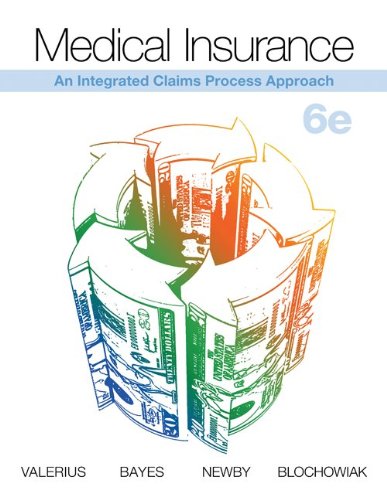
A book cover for Medical Insurance: An Integrated Claims Process Approach; Joanne Valerius; Business & Money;